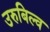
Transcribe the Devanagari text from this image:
उरुबिल्व